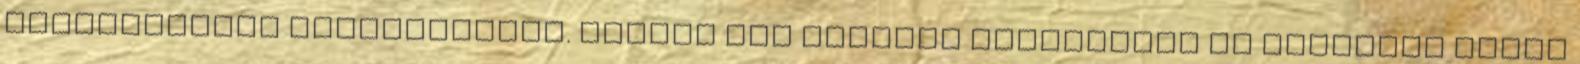
gondolatokat hallgathatom. Sajnos túl gyakran kapcsolunk az ellenünk szóló